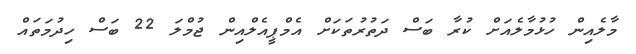
މާލެއިން ހުޅުމާލެއަށް ކުރާ ބަސް ދަތުރުތަކަށް އެމްޕީއެލްއިން ޖުމްލަ 22 ބަސް ހިދުމަތައް